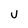
Character: U